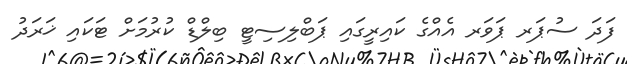
ފަދަ ސުޕަރ ޕަވަރ އެއްގެ ކައިރީގައި ޕަބްލިސިޓީ ބިލްޑް ކުރުމަށް ޓަކައި ޚަރަދު